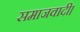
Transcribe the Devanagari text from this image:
समाजवादी।